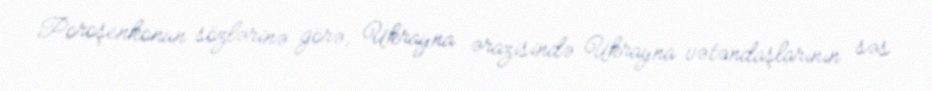
Poroşenkonun sözlərinə görə, Ukrayna ərazisində Ukrayna vətəndaşlarının səs